Elephants and their diseases
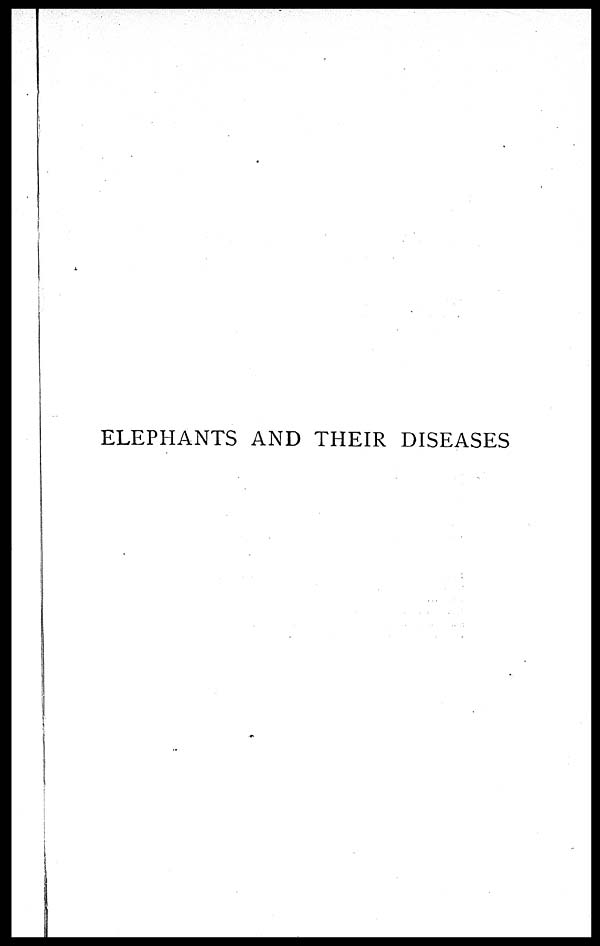
ELEPHANTS AND THEIR DISEASES